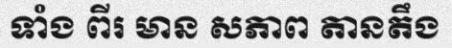
ទាំង ពីរ មាន សភាព តានតឹង